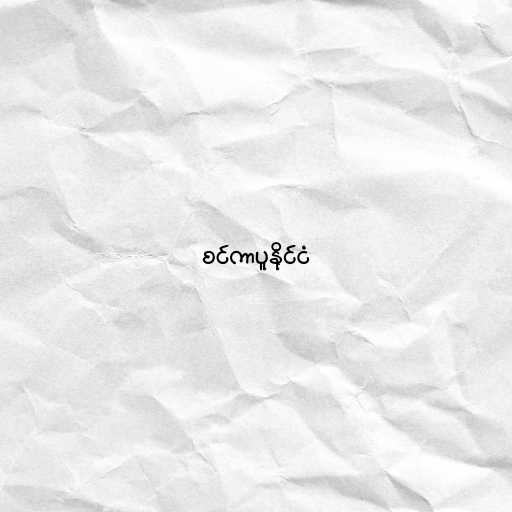
စင်ကာပူနိုင်ငံ